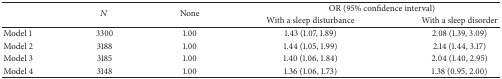
<table><thead><tr><td rowspan="2"></td><td rowspan="2"><b><i>N</i></b></td><td rowspan="2"><b>None</b></td><td colspan="2"><b>OR (95% confidence interval)</b></td></tr><tr><td><b>With a sleep disturbance</b></td><td><b>With a sleep disorder</b></td></tr></thead><tbody><tr><td>Model 1</td><td>3300</td><td>1.00</td><td>1.43 (1.07, 1.89)</td><td>2.08 (1.39, 3.09)</td></tr><tr><td>Model 2</td><td>3188</td><td>1.00</td><td>1.44 (1.05, 1.99)</td><td>2.14 (1.44, 3.17)</td></tr><tr><td>Model 3</td><td>3185</td><td>1.00</td><td>1.40 (1.06, 1.84)</td><td>2.04 (1.40, 2.95)</td></tr><tr><td>Model 4</td><td>3148</td><td>1.00</td><td>1.36 (1.06, 1.73)</td><td>1.38 (0.95, 2.00)</td></tr></tbody></table>